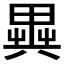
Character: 𠔱